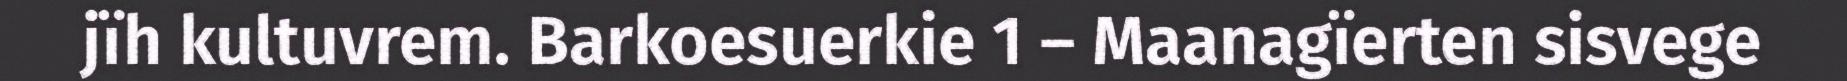
jïh kultuvrem. Barkoesuerkie 1 – Maanagïerten sisvege